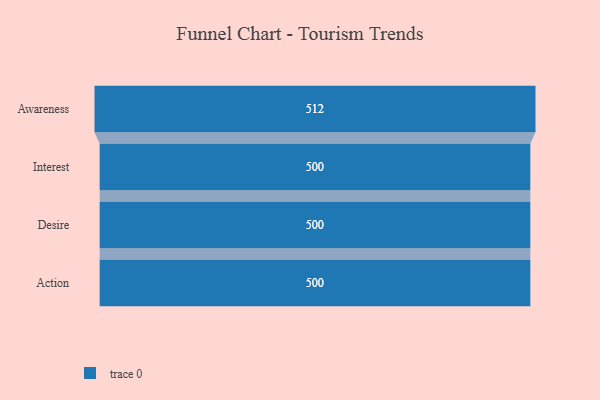
{"axis": {"x": "Stage", "y": "Value"}, "legend": [""], "data": [{"x": "Awareness", "y": 512.0, "type": ""}, {"x": "Interest", "y": 500, "type": ""}, {"x": "Desire", "y": 500, "type": ""}, {"x": "Action", "y": 500, "type": ""}]}